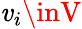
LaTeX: \mathit{v}_{i}\inV